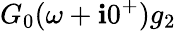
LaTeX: G_{0}(\omega+\mathbf{i}0^{+})g_{2}